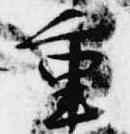
重